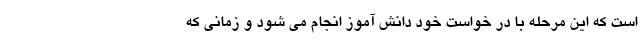
است که این مرحله با در خواست خود دانش آموز انجام می شود و زمانی که